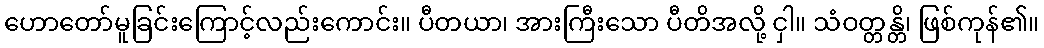
ဟောတော်မူခြင်းကြောင့်လည်းကောင်း။ ပီတယာ၊ အားကြီးသော ပီတိအလို့ ငှါ။ သံဝတ္တန္တိ၊ ဖြစ်ကုန်၏။